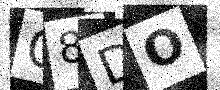
Text: Q8DO